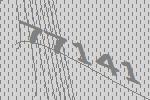
77141